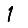
Digit: 1